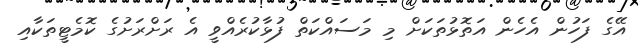
އޭގެ ފަހުން އެހެން އަތޮޅުތަކަށް މި މަސައްކަތް ފުޅާކުރެއްވީ އެ ރަށްރަށުގެ ކޮމެޓީތަކާއި